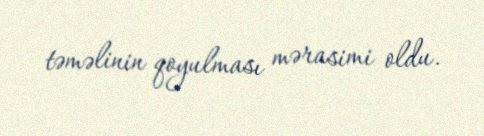
təməlinin qoyulması mərasimi oldu.